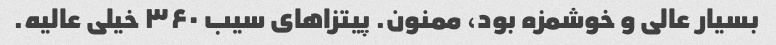
بسیار عالی و خوشمزه بود، ممنون. پیتزاهای سیب ۳۶۰ خیلی عالیه.